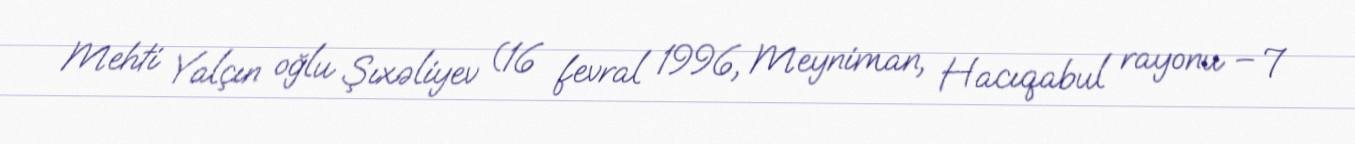
Mehti Yalçın oğlu Şıxəliyev (16 fevral 1996, Meyniman, Hacıqabul rayonu – 7